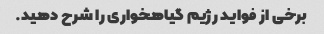
برخی از فواید رژیم گیاهخواری را شرح دهید.